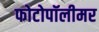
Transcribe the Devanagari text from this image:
फोटोपॉलीमर